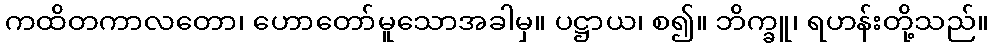
ကထိတကာလတော၊ ဟောတော်မူသောအခါမှ။ ပဋ္ဌာယ၊ စ၍။ ဘိက္ခူ၊ ရဟန်းတို့သည်။